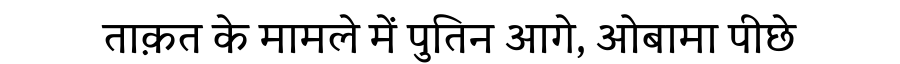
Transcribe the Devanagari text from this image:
ताक़त के मामले में पुतिन आगे, ओबामा पीछे